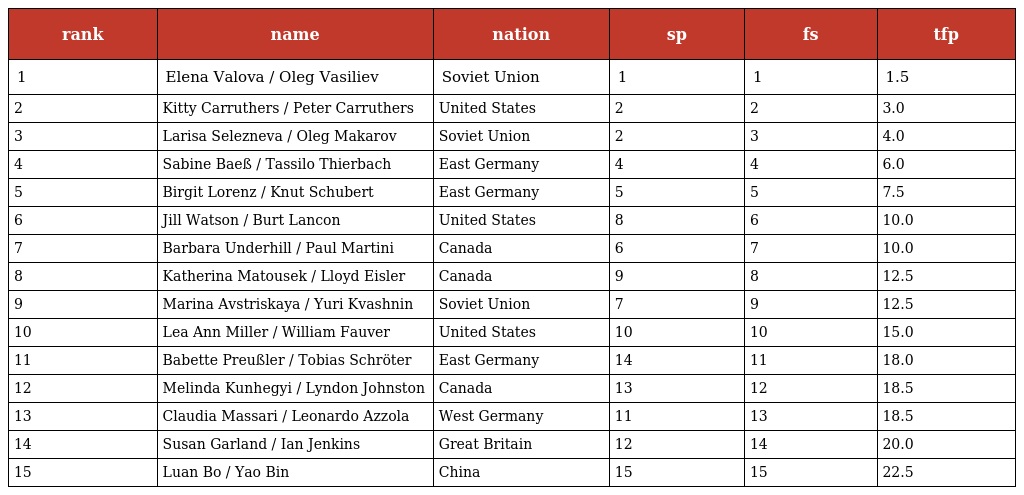
| rank | name | nation | sp | fs | tfp |
 | --- | --- | --- | --- | --- | --- |
 | 1 | Elena Valova / Oleg Vasiliev | Soviet Union | 1 | 1 | 1.5 |
 | 2 | Kitty Carruthers / Peter Carruthers | United States | 2 | 2 | 3.0 |
 | 3 | Larisa Selezneva / Oleg Makarov | Soviet Union | 2 | 3 | 4.0 |
 | 4 | Sabine Baeß / Tassilo Thierbach | East Germany | 4 | 4 | 6.0 |
 | 5 | Birgit Lorenz / Knut Schubert | East Germany | 5 | 5 | 7.5 |
 | 6 | Jill Watson / Burt Lancon | United States | 8 | 6 | 10.0 |
 | 7 | Barbara Underhill / Paul Martini | Canada | 6 | 7 | 10.0 |
 | 8 | Katherina Matousek / Lloyd Eisler | Canada | 9 | 8 | 12.5 |
 | 9 | Marina Avstriskaya / Yuri Kvashnin | Soviet Union | 7 | 9 | 12.5 |
 | 10 | Lea Ann Miller / William Fauver | United States | 10 | 10 | 15.0 |
 | 11 | Babette Preußler / Tobias Schröter | East Germany | 14 | 11 | 18.0 |
 | 12 | Melinda Kunhegyi / Lyndon Johnston | Canada | 13 | 12 | 18.5 |
 | 13 | Claudia Massari / Leonardo Azzola | West Germany | 11 | 13 | 18.5 |
 | 14 | Susan Garland / Ian Jenkins | Great Britain | 12 | 14 | 20.0 |
 | 15 | Luan Bo / Yao Bin | China | 15 | 15 | 22.5 |